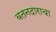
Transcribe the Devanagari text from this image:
वतनदाराचा